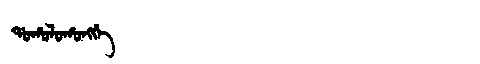
Manchu: ᡩᠣᡥᠣᠯᠣᡥᠣᠩᡤᡝ
Romanization: DOHOLOHONGGE